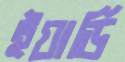
ইয়ার্ডি